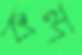
কন্দ